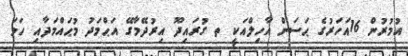
އުމުރުން 16އަހަރުގެ ޙަސަން އާހިލްއަކީ ތ ގުރައިދޫ އިރުދޭމާގޭ އަޙްމަދު މުޙައްމަދާއި ހަމަ